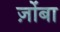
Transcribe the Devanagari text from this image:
ज़ोंबा